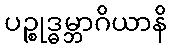
ပဉ္စုဒ္ဓမ္ဘာဂိယာနိ